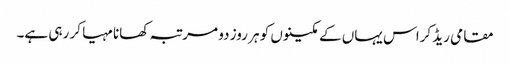
مقامی ریڈ کراس یہاں کے مکینوں کو ہر روز دو مرتبہ کھانا مہیا کر رہی ہے۔